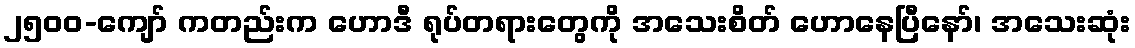
၂၅၀၀-ကျော် ကတည်းက ဟောဒီ ရုပ်တရားတွေကို အသေးစိတ် ဟောနေပြီနော်၊ အသေးဆုံး